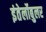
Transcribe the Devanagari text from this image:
इंतेर्लोबुलर